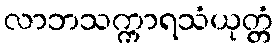
လာဘသက္ကာရသံယုတ္တံ